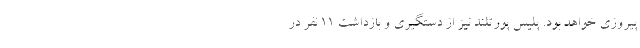
پیروزی خواهد بود. پلیس پورتلند نیز از دستگیری و بازداشت 11 نفر در